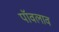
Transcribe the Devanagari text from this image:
पॉवलाव